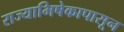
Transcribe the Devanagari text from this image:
राज्याभिषेकापासून